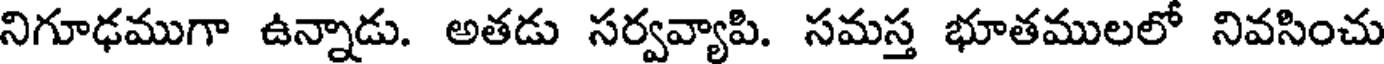
నిగూఢముగా ఉన్నాడు. అతడు సర్వవ్యాపి. సమస్త భూతములలో నివసించు